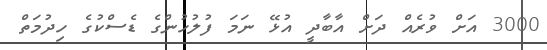
3000 އަށް ވުރެއް ދަށް އާބާދީ އުޅޭ ނަމަ ފުލުހުންގެ ޑެސްކުގެ ހިދުމަތް